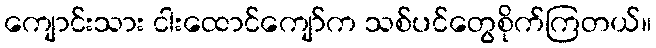
ကျောင်းသား ငါးထောင်ကျော်က သစ်ပင်တွေစိုက်ကြတယ်။